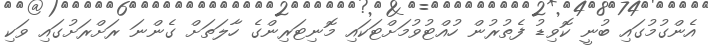
އެންގުމުގައި ބުނީ ކޮވިޑު ފެތުރުން ހުއްޓުވުމަށްޓަކައި މޮނިޓަރިންގެ ހާލަތަށް ގެންނަ ރަށްރަށުގައި ވަކި